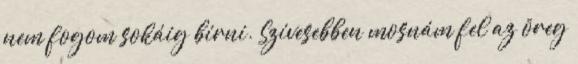
nem fogom sokáig bírni. Szívesebben mosnám fel az öreg